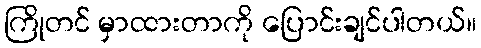
ကြိုတင် မှာထားတာကို ပြောင်းချင်ပါတယ်။